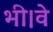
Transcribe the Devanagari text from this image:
भी।वे